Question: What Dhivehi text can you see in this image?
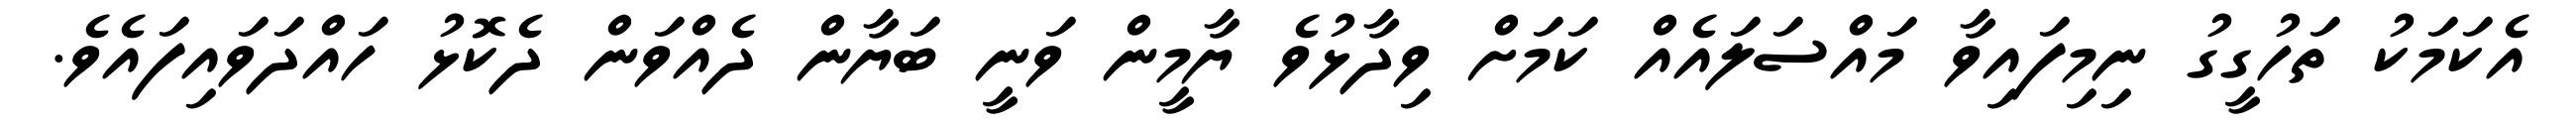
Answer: އެކަމަކު ތަހުގީގު ނިމިފައިވާ މައްސަލައެއް ކަމަށް ވިދާޅުވެ ޔާމީން ވަނީ ބަޔާން ދެއްވަން ދެކޮޅު ހައްދަވައިފައެވެ.